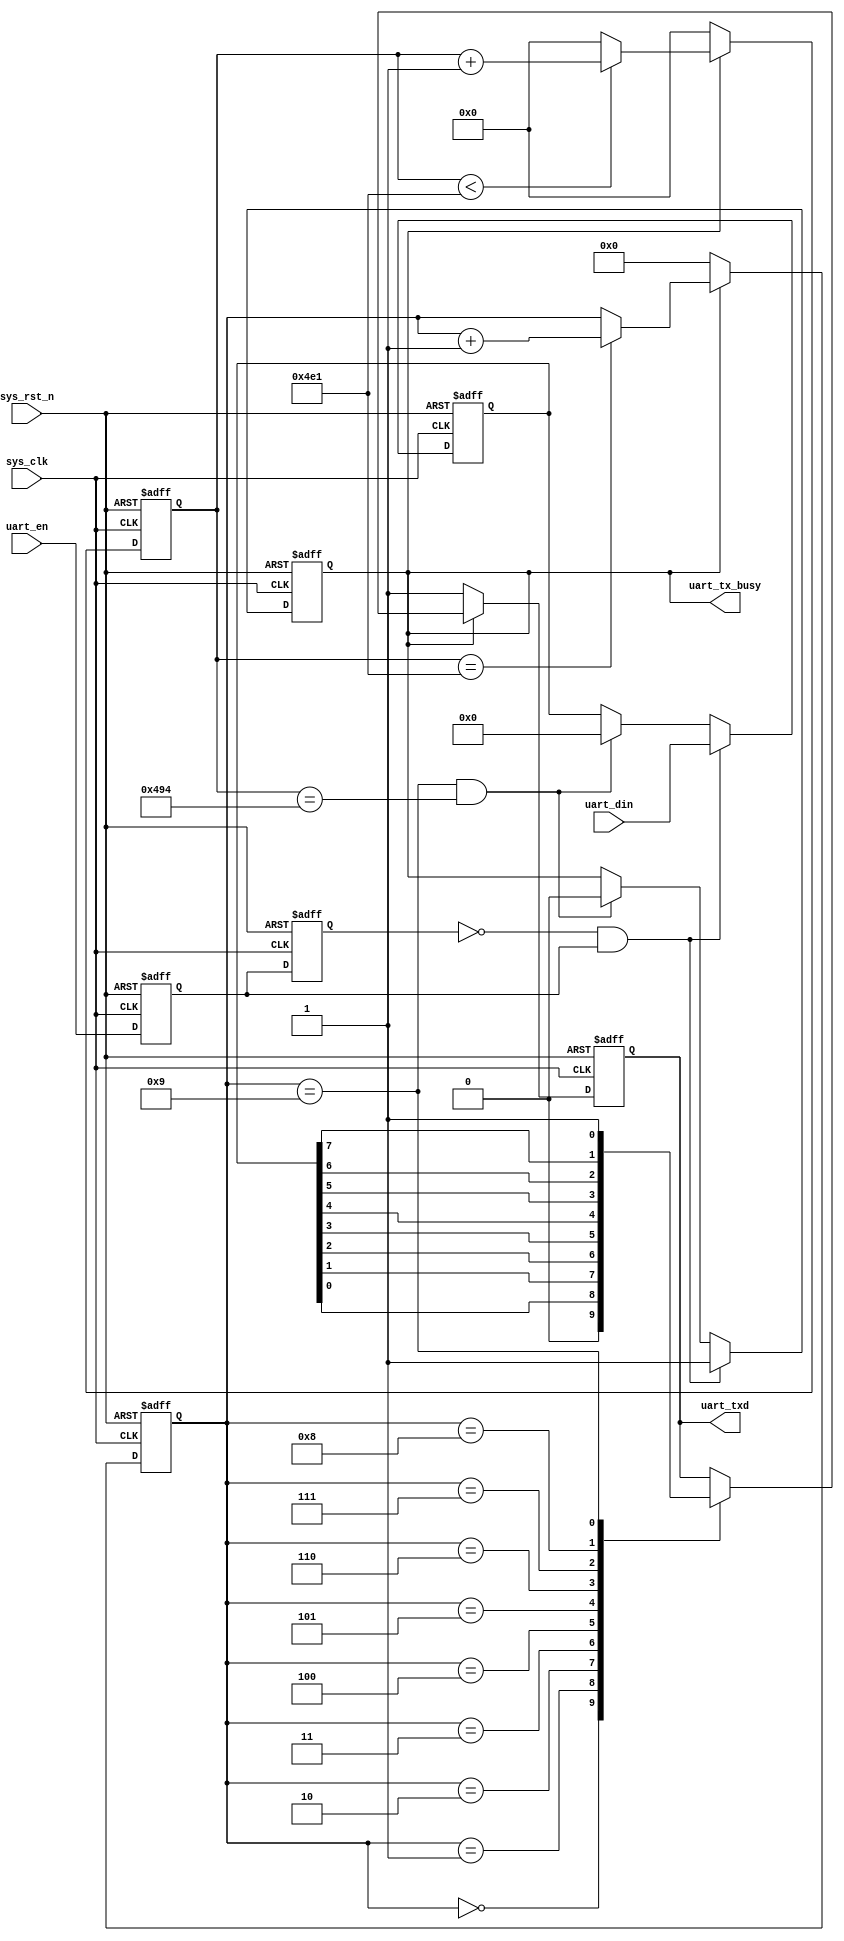
module uart_send(
    input	      sys_clk,                  //
    input         sys_rst_n,                //
    
    input         uart_en,                  //
    input  [7:0]  uart_din,                 //
    output        uart_tx_busy,             //      
    output  reg   uart_txd                  //UART
    );
    
//parameter define
parameter  CLK_FREQ = 12_000_000;            //
parameter  UART_BPS = 9600;                //
localparam  BPS_CNT  = CLK_FREQ/UART_BPS;   //BPS_CNT

//reg define
reg        uart_en_d0; 
reg        uart_en_d1;  
reg [15:0] clk_cnt;                         //
reg [ 3:0] tx_cnt;                          //
reg        tx_flag;                         //
reg [ 7:0] tx_data;                         //

//wire define
wire       en_flag;

//*****************************************************
//**                    main code
//*****************************************************
//
assign uart_tx_busy = tx_flag;

//uart_en
assign en_flag = (~uart_en_d1) & uart_en_d0;

//uart_en
always @(posedge sys_clk or negedge sys_rst_n) begin         
    if (!sys_rst_n) begin
        uart_en_d0 <= 1'b0;                                  
        uart_en_d1 <= 1'b0;
    end                                                      
    else begin                                               
        uart_en_d0 <= uart_en;                               
        uart_en_d1 <= uart_en_d0;                            
    end
end

//en_flag,          
always @(posedge sys_clk or negedge sys_rst_n) begin         
    if (!sys_rst_n) begin                                  
        tx_flag <= 1'b0;
        tx_data <= 8'd0;
    end 
    else if (en_flag) begin                 //                      
            tx_flag <= 1'b1;                //tx_flag
            tx_data <= uart_din;            //
        end
                                            //
        else if ((tx_cnt == 4'd9) && (clk_cnt == BPS_CNT -(BPS_CNT/16))) begin                                       
            tx_flag <= 1'b0;                //tx_flag
            tx_data <= 8'd0;
        end
        else begin
            tx_flag <= tx_flag;
            tx_data <= tx_data;
        end 
end

//
always @(posedge sys_clk or negedge sys_rst_n) begin         
    if (!sys_rst_n)                             
        clk_cnt <= 16'd0;                                  
    else if (tx_flag) begin                 //
        if (clk_cnt < BPS_CNT - 1)
            clk_cnt <= clk_cnt + 1'b1;
        else
            clk_cnt <= 16'd0;               //
    end
    else                             
        clk_cnt <= 16'd0; 				    //
end

//
always @(posedge sys_clk or negedge sys_rst_n) begin         
    if (!sys_rst_n)                             
        tx_cnt <= 4'd0;
    else if (tx_flag) begin                 //
        if (clk_cnt == BPS_CNT - 1)			//
            tx_cnt <= tx_cnt + 1'b1;		//1
        else
            tx_cnt <= tx_cnt;       
    end
    else                              
        tx_cnt  <= 4'd0;				    //
end

//uart
always @(posedge sys_clk or negedge sys_rst_n) begin        
    if (!sys_rst_n)  
        uart_txd <= 1'b1;        
    else if (tx_flag)
        case(tx_cnt)
            4'd0: uart_txd <= 1'b0;         // 
            4'd1: uart_txd <= tx_data[0];   //
            4'd2: uart_txd <= tx_data[1];
            4'd3: uart_txd <= tx_data[2];
            4'd4: uart_txd <= tx_data[3];
            4'd5: uart_txd <= tx_data[4];
            4'd6: uart_txd <= tx_data[5];
            4'd7: uart_txd <= tx_data[6];
            4'd8: uart_txd <= tx_data[7];   //
            4'd9: uart_txd <= 1'b1;         //
            default: ;
        endcase
    else 
        uart_txd <= 1'b1;                   //
end

endmodule